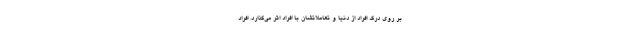
بر روی درک افراد از دنیا و تعاملاتشان با افراد اثر می‌گذارد. افراد